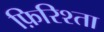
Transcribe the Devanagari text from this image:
फ़िरिश्ता